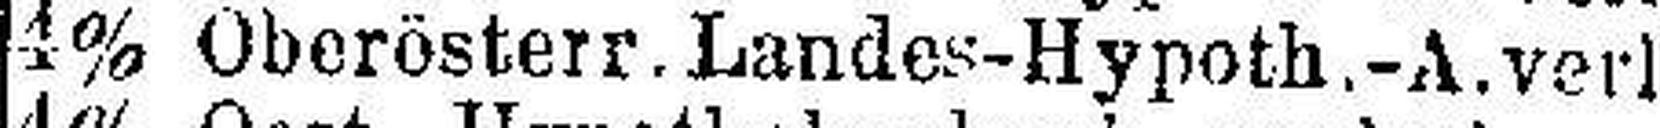
4% Oberösterr. Landes-Hypoth.-A. verl.